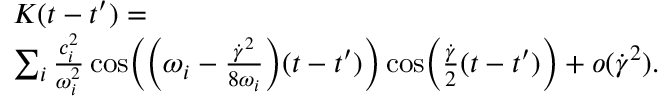
\begin{array} { r l } & { K ( t - t ^ { \prime } ) = } \\ & { \sum _ { i } \frac { c _ { i } ^ { 2 } } { \omega _ { i } ^ { 2 } } \cos \Bigl ( \Bigl ( \omega _ { i } - \frac { \dot { \gamma } ^ { 2 } } { 8 \omega _ { i } } \Bigr ) ( t - t ^ { \prime } ) \Bigr ) \cos \Bigl ( \frac { \dot { \gamma } } { 2 } ( t - t ^ { \prime } ) \Bigr ) + o ( \dot { \gamma } ^ { 2 } ) . } \end{array}